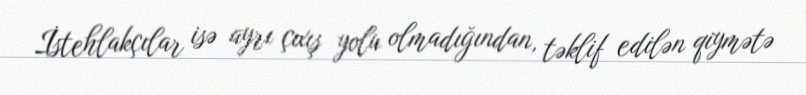
İstehlakçılar isə ayrı çıxış yolu olmadığından, təklif edilən qiymətə